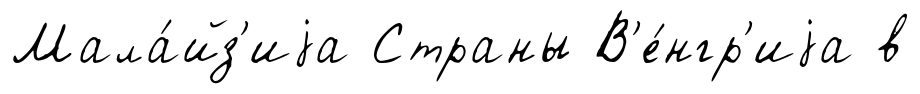
Мала́йз'иjа Страны В'е́нгр'иjа в